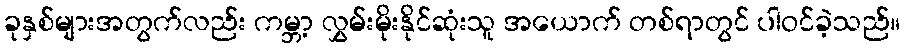
ခုနှစ်များအတွက်လည်း ကမ္ဘာ့ လွှမ်းမိုးနိုင်ဆုံးသူ အယောက် တစ်ရာတွင် ပါဝင်ခဲ့သည်။